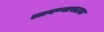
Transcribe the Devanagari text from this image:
लावण्यासटक